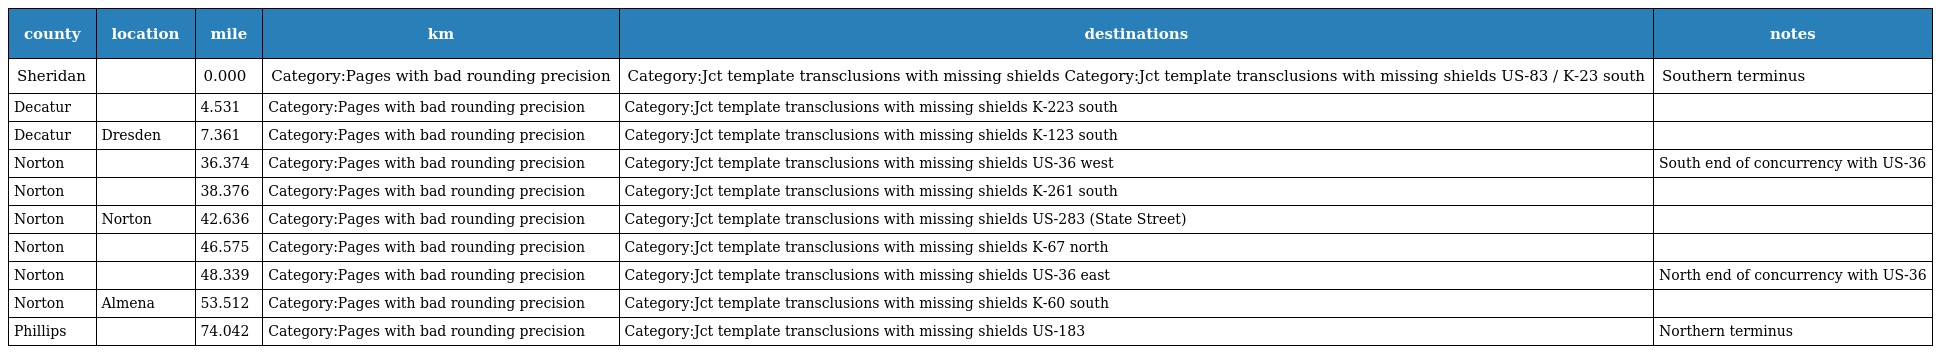
| county | location | mile | km | destinations | notes |
 | --- | --- | --- | --- | --- | --- |
 | Sheridan |  | 0.000 | Category:Pages with bad rounding precision | Category:Jct template transclusions with missing shields Category:Jct template transclusions with missing shields US-83 / K-23 south | Southern terminus |
 | Decatur |  | 4.531 | Category:Pages with bad rounding precision | Category:Jct template transclusions with missing shields K-223 south |  |
 | Decatur | Dresden | 7.361 | Category:Pages with bad rounding precision | Category:Jct template transclusions with missing shields K-123 south |  |
 | Norton |  | 36.374 | Category:Pages with bad rounding precision | Category:Jct template transclusions with missing shields US-36 west | South end of concurrency with US-36 |
 | Norton |  | 38.376 | Category:Pages with bad rounding precision | Category:Jct template transclusions with missing shields K-261 south |  |
 | Norton | Norton | 42.636 | Category:Pages with bad rounding precision | Category:Jct template transclusions with missing shields US-283 (State Street) |  |
 | Norton |  | 46.575 | Category:Pages with bad rounding precision | Category:Jct template transclusions with missing shields K-67 north |  |
 | Norton |  | 48.339 | Category:Pages with bad rounding precision | Category:Jct template transclusions with missing shields US-36 east | North end of concurrency with US-36 |
 | Norton | Almena | 53.512 | Category:Pages with bad rounding precision | Category:Jct template transclusions with missing shields K-60 south |  |
 | Phillips |  | 74.042 | Category:Pages with bad rounding precision | Category:Jct template transclusions with missing shields US-183 | Northern terminus |